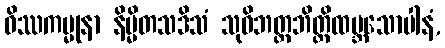
ဝိဿကမ္မုနာ နိမ္မိတသဒိသံ သုဝိဘတ္တဘိတ္တိထမ္ဘသောပါနံ,